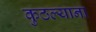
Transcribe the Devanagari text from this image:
कुठल्याना